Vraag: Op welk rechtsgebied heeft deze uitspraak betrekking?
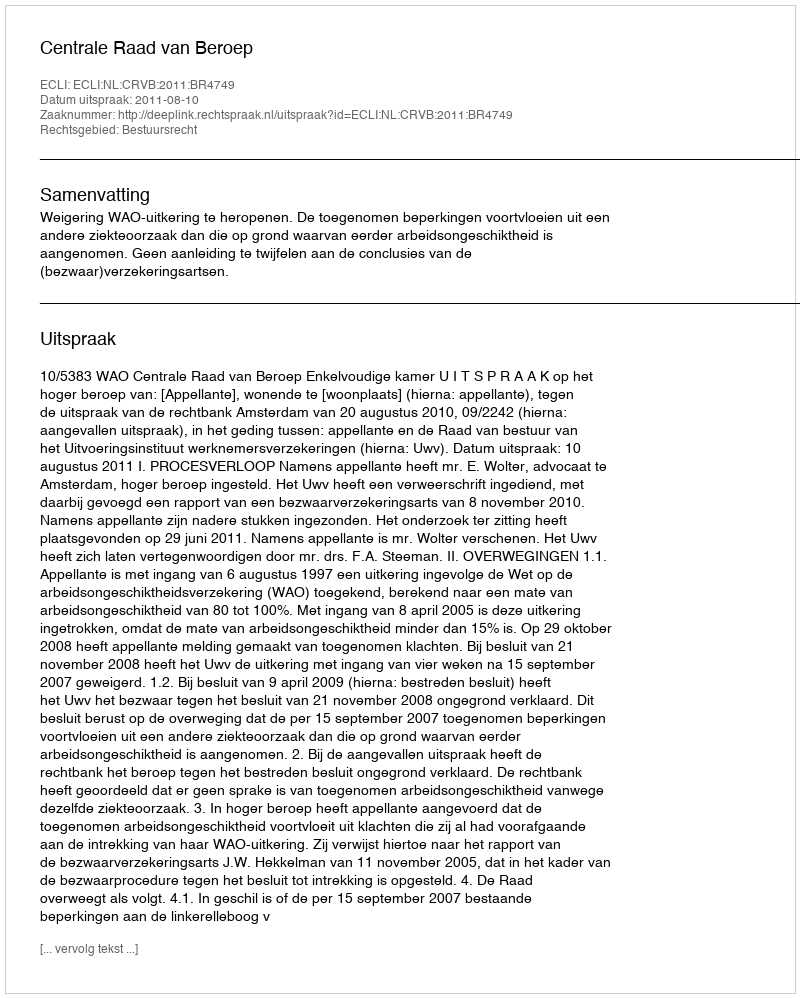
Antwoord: Bestuursrecht